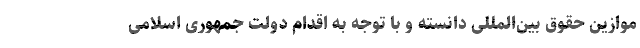
موازین حقوق بین‌المللی دانسته و با توجه به اقدام دولت جمهوری اسلامی